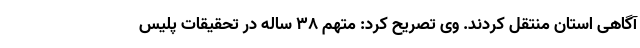
آگاهی استان منتقل کردند. وی تصریح کرد: متهم ۳۸ ساله در تحقیقات پلیس